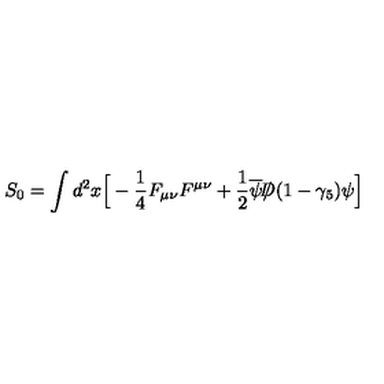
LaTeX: S _ { 0 } = \int d ^ { 2 } x \Big [ - { \frac { 1 } { 4 } } F _ { \mu \nu } F ^ { \mu \nu } + { \frac { 1 } { 2 } } \overline { \psi } { \slash \! \! \! \! D } ( 1 - \gamma _ { 5 } ) \psi \Big ]